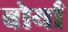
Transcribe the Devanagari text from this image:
बोर्या